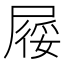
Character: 𡲾